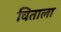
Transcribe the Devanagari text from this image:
विताला